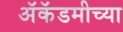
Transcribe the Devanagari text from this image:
अॅकॅडमीच्या